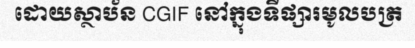
ដោយស្ថាប័ន CGIF នៅក្នុងទីផ្សារមូលបត្រ